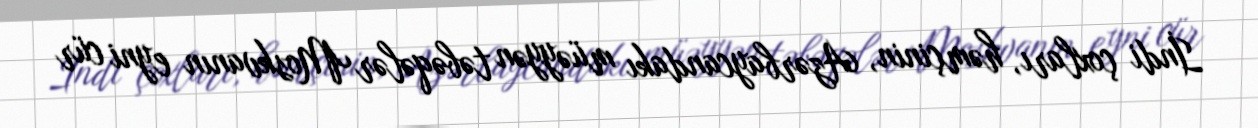
İndi çoxları, həmçinin, Azərbaycandakı müəyyən təbəqələr Moskvanın eyni cür